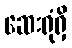
ဆေးရုံရှိ